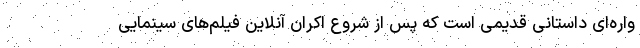
واره‌ای داستانی قدیمی است که پس از شروع اکران آنلاین فیلم‌های سینمایی